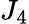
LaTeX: J_{4}